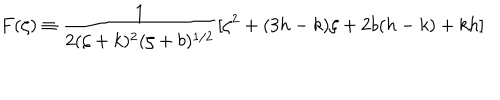
F ( \zeta ) \equiv \frac { 1 } { 2 ( \zeta + k ) ^ { 2 } ( \zeta + b ) ^ { 1 / 2 } } [ \zeta ^ { 2 } + ( 3 h - k ) \zeta + 2 b ( h - k ) + k h ]